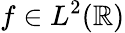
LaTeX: f\in L^{2}(\mathbb{R})